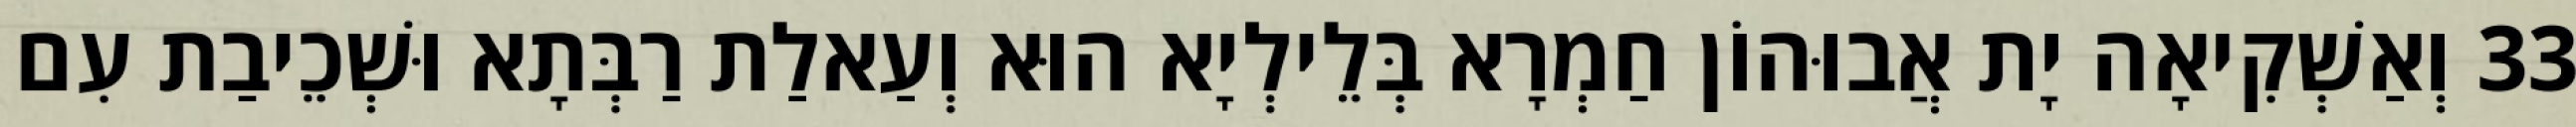
33 וְאַשְׁקִיאָה יָת אֲבוּהוֹן חַמְרָא בְּלֵילְיָא הוּא וְעַאלַת רַבְּתָא וּשְׁכֵיבַת עִם